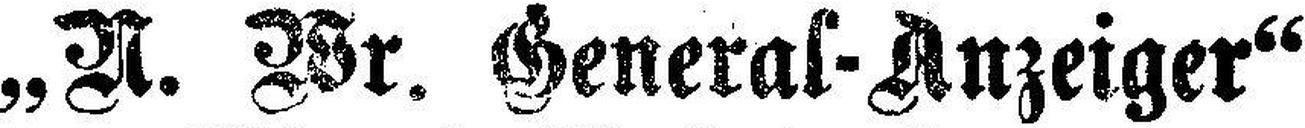
„N. Wr. General-Anzeiger“